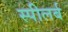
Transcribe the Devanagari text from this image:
स्पीलर्ब